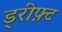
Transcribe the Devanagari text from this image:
ड्रीफ़्ट